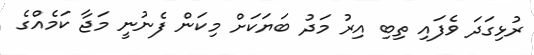
ރުޅިގަދަ ވެފައި ތިބި އިރު މަދު ބަޔަކަށް މިކަން ފެނުނީ މަޖާ ކަމެއްގެ